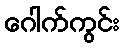
ဂေါက်ကွင်း